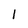
Character: l